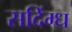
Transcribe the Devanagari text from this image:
सदिंग्ध